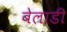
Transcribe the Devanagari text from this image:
बेलाडी